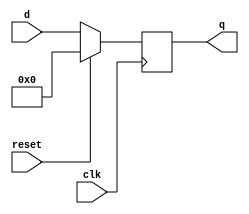
module top_module (
    input            clk,
    input            reset,  // Synchronous reset
    input      [7:0] d,
    output reg [7:0] q
);

    //  reset
    always @(posedge clk) begin
        if (reset == 1'b1) begin
            q[7:0] <= 8'd0;
        end else begin
            q[7:0] <= d[7:0];
        end
    end
endmodule